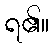
ရ၏။